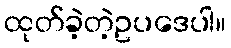
ထုတ်ခဲ့တဲ့ဥပဒေပါ။